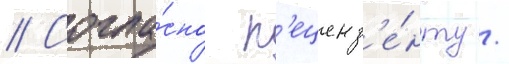
// Согла́сно р'еценз'е́нту /